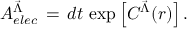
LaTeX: A _ { e l e c } ^ { { \vec { \Lambda } } } \, = \, d t \, \exp \left[ C ^ { { \vec { \Lambda } } } ( r ) \right] .